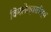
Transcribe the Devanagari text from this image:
विमलेश्वरतीर्थ